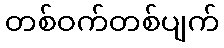
တစ်ဝက်တစ်ပျက်